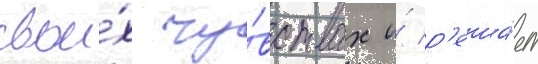
свои́х чу́вствах и́ р'еша́ет